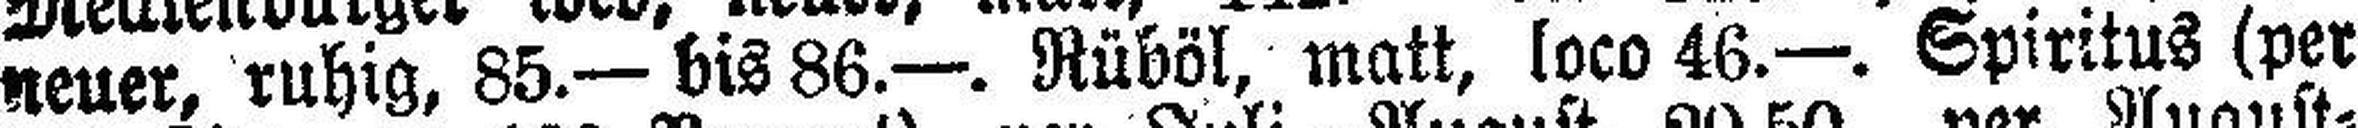
neuer, ruhig, 85.— bis 86.—. Rüböl, matt, loco 46.—. Spiritus (per